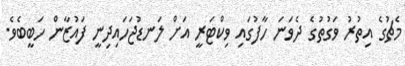
މެޗުގެ އިތުރު ވަގުތުގެ ދެވަނަ ހާފުގައި ވިކްޓަރީ އަށް ލަނޑުޖަހައިދިނީ ފައުޒާން ހަބީބެވެ.